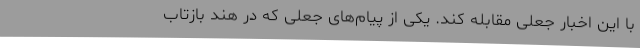
با این اخبار جعلی مقابله کند. یکی از پیام‌های جعلی که در هند بازتاب